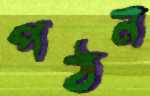
পঠন